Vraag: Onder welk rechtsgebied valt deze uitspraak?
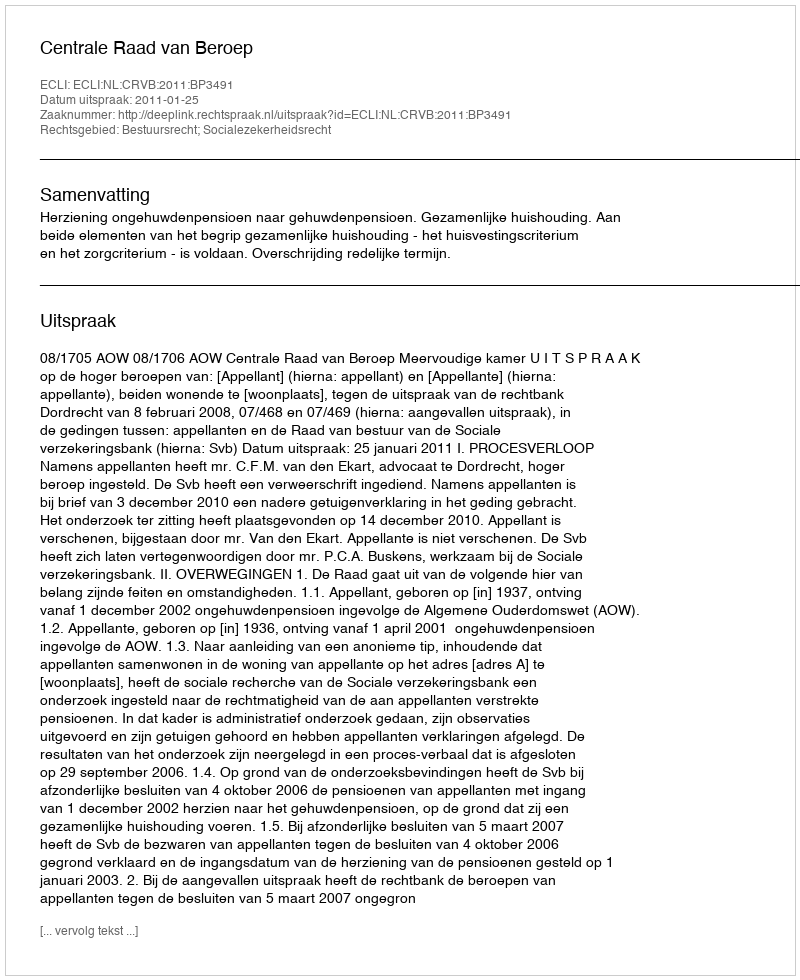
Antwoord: Bestuursrecht; Socialezekerheidsrecht